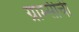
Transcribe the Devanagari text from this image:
ग्राम्सीची